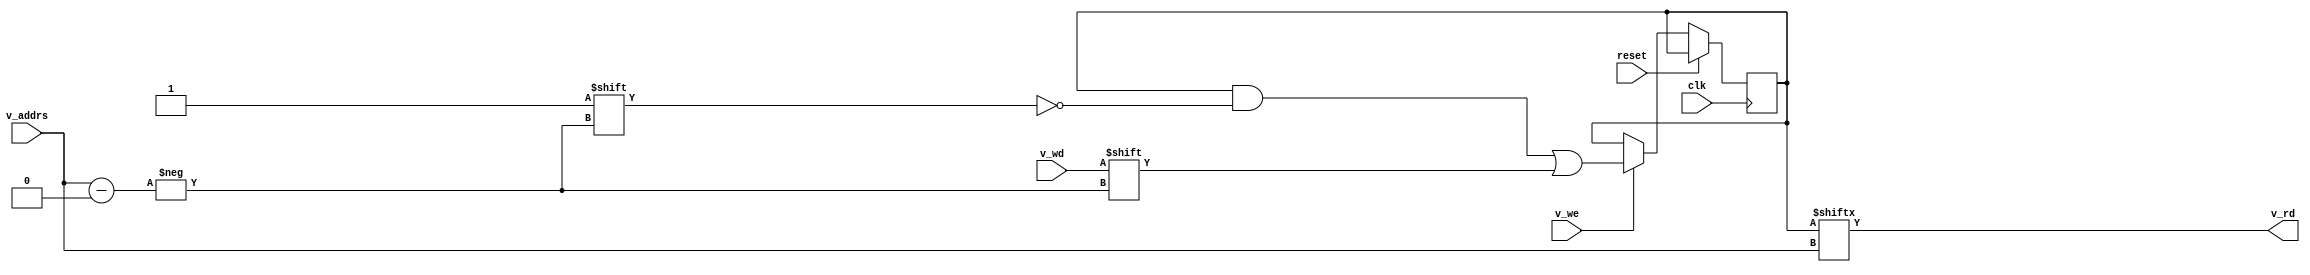
//cache memory
module v_mem (input   reset, clk, v_we,
              input   [4:0] v_addrs,
				  input    v_wd,
              output   v_rd);

reg [31:0] RAM; 
 
//write operation
always@(negedge clk or posedge reset)
begin
   if (reset)
	   RAM=0;  //inthilaiz zeros
	else if (v_we) 
	   RAM[v_addrs] <= v_wd;
end
//read opertaion	 
	 assign v_rd =  RAM[v_addrs];
endmodule